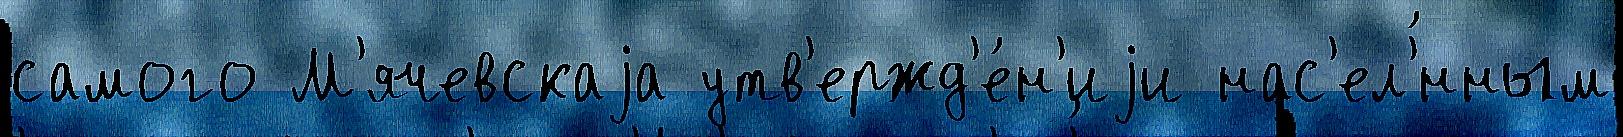
самого М'ячевскаjа утв'ержд'е́н'иjи нас'ел'́нным